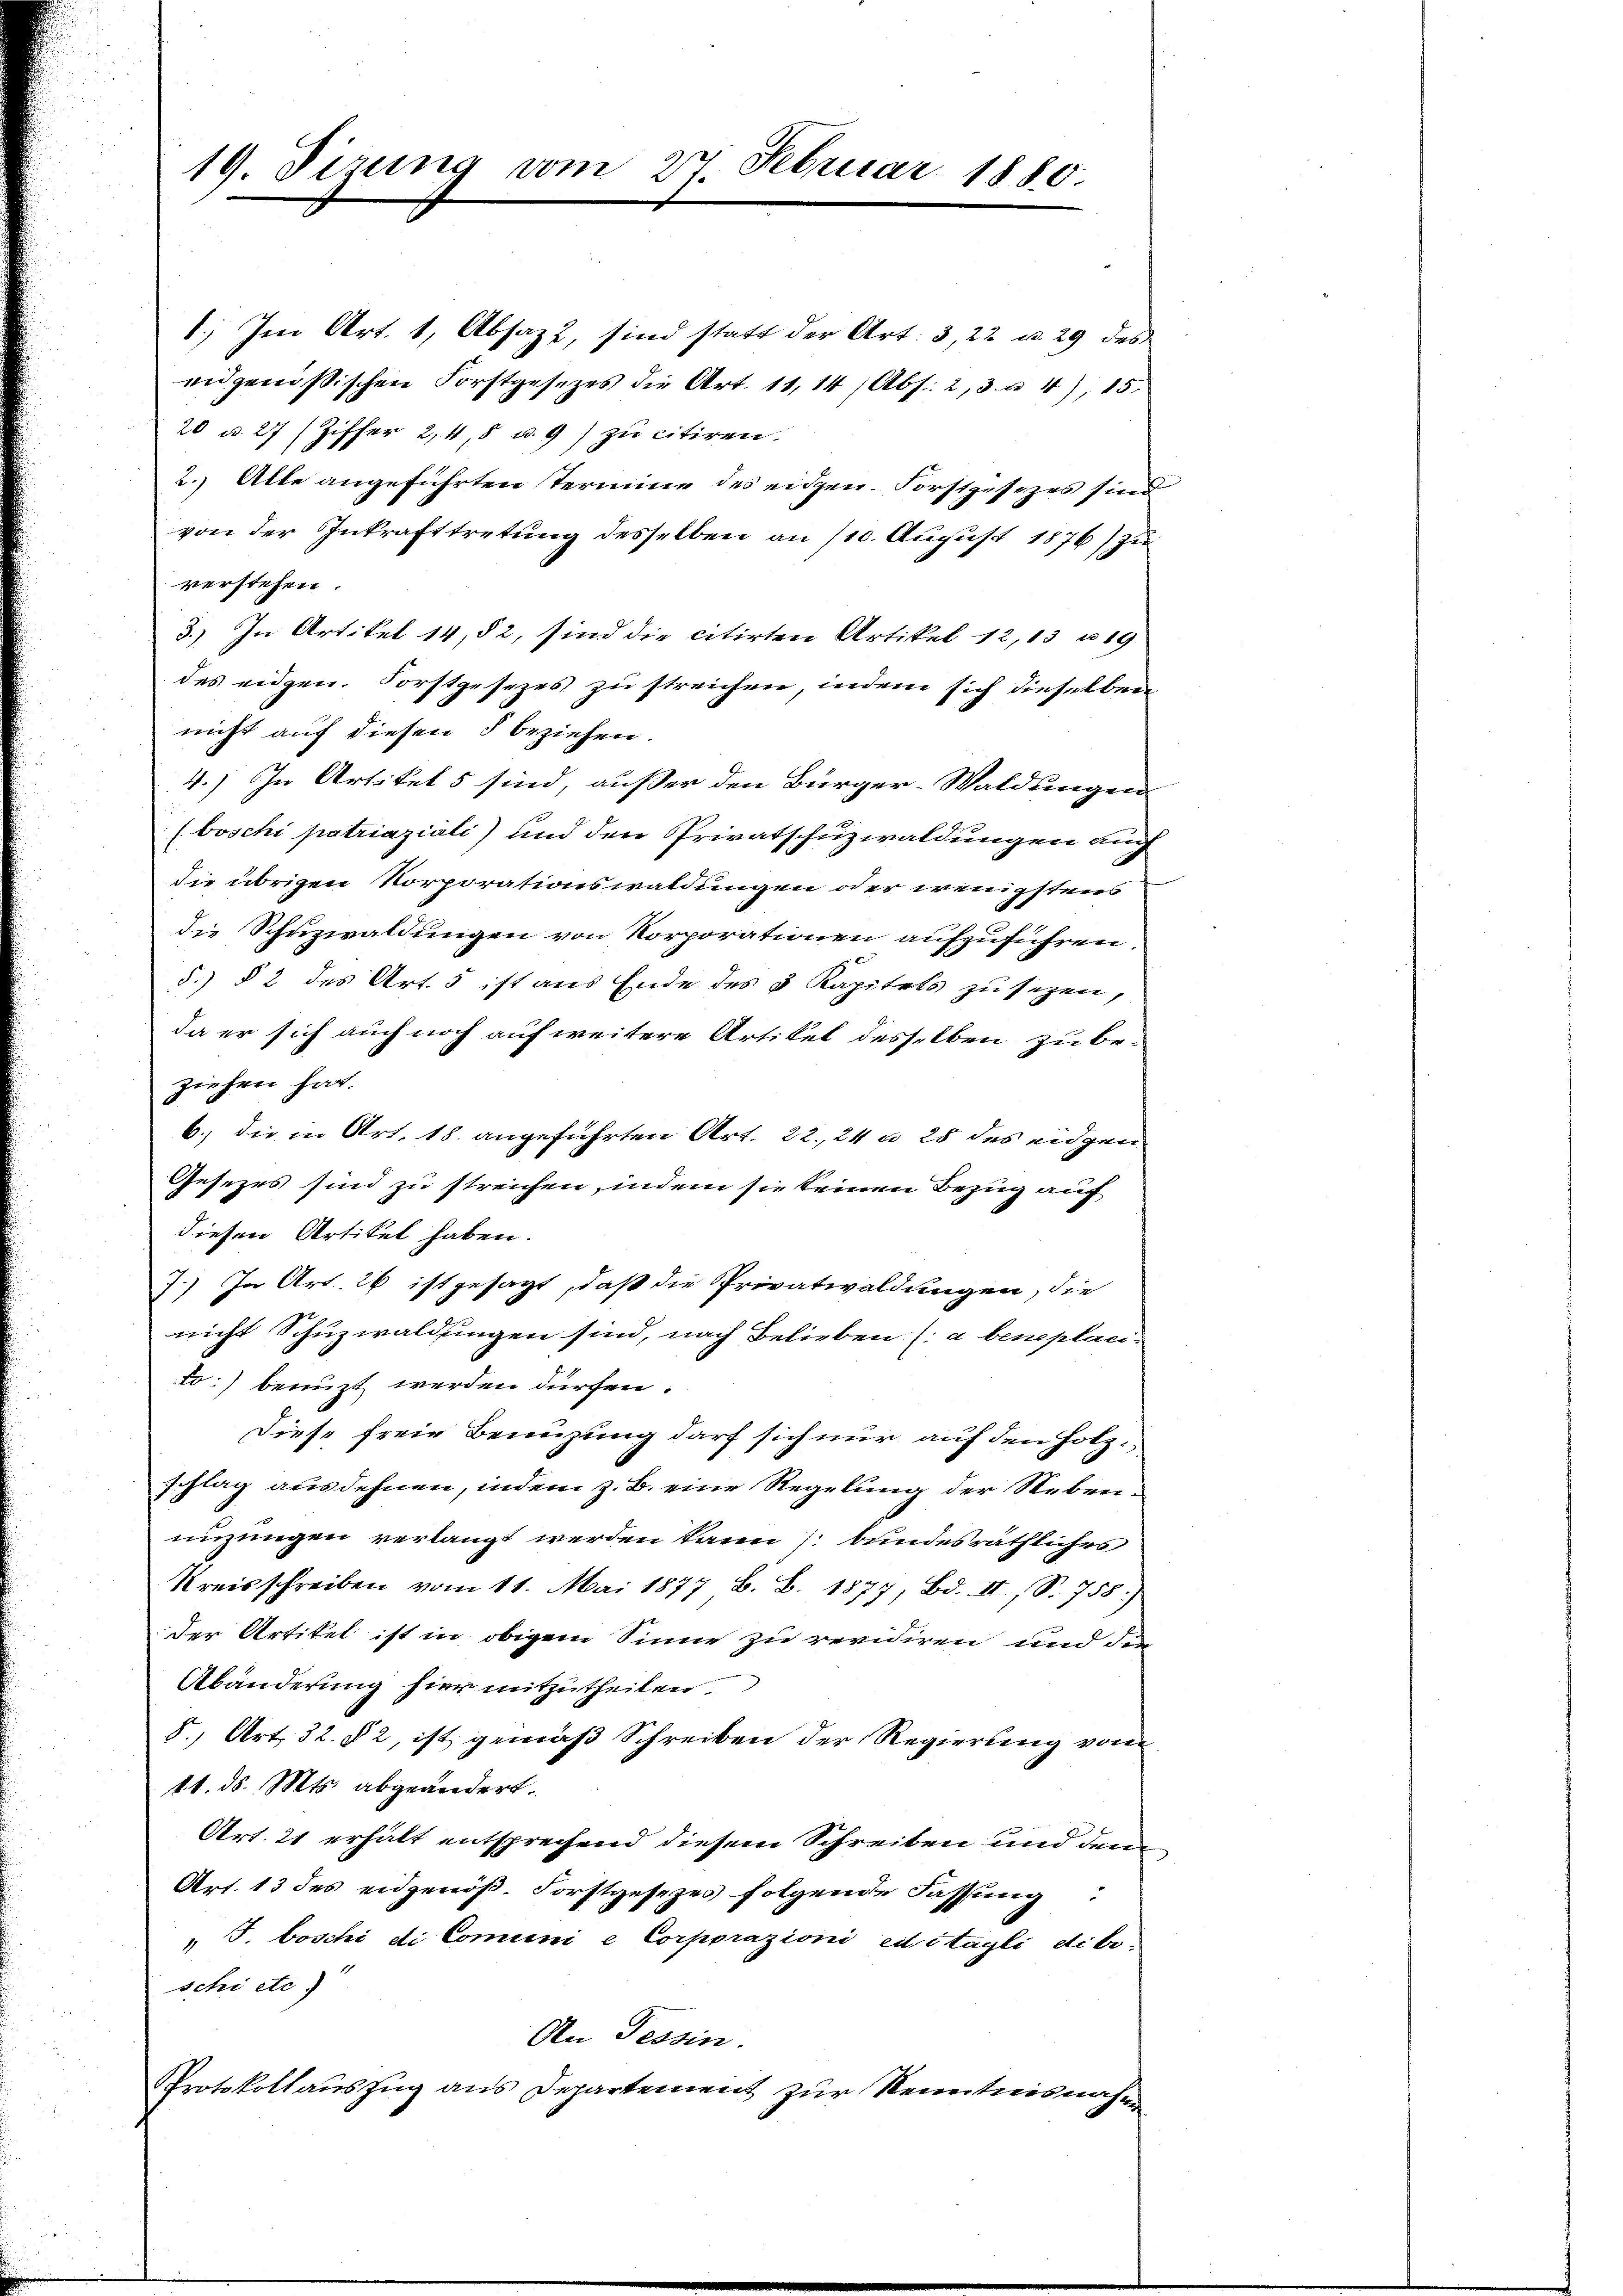
19. Sizung vom 27. Februar 1880.

1. Im Art. 1, Absazt, sind statt der Art. 3, 22 u. 29 des
eidgenößischen Forstgesetzes die Art. 11, 14 Abs. 2, 3 u. 4), 15.
20 u. 27 (Ziffer 2,4,8 u. 9) zu citiren.
2. Alle angeführten Termine des eidgen. Forstgesezes sind
von der Inkrafttretung desselben an /10. August 1876) zu
verstehen.
3.) In Artikel 14, § 2, sind die citirten Artikel 12, 13 u. 19
des eidgen. Forstgesezes zu streichen, indem sich dieselben
nicht auf diesen § beziehen.
4.) In Artikel 5 sind, außer den Bürger-Waldungen
(boschi patriaziali) und den Privatschuzwaldungen auch
die übrigen Korporationswaldungen oder wenigstens
die Schuzwaldungen von Korporationen aufzuführen.
d.) § 2 des Art. 5 ist aus Ende des 3 Kapitels zu sezen,
da er sich auch noch auf weitere Artikel desselben zu beziehen hat.
6.) die in Art. 18. angeführten Art. 22. 24 n 28 des eigen
Gesezes sind zu streichen, indem sie seinen Bezug auf
diesen Artikel haben.
7.) In Art. 26 ist gesagt, daß die Privatwaldungen, die
nicht Schuzwaldungen sind, nach Belieben ( a beneplacito.) benuzt werden dürfen.
Diese freie Benuzung darf sich nur auf den Holzschlag ausdehnen, indem z. B. eine Regelung der Nebennizungen verlangt werden kann bundesräthliches
Kreisschreiben vom 11. Mai 1877 B. B. 1877, Bd. II., S. 758)
der Artikel ist in obigem Sinne zu revidiren und de
Abänderung hier mitzutheilen.
8., Art. 32. § 2, ist gemäß Schreiben der Regierung vom
11. d. Mts. abgeändert.
Art. 21 erhält entsprechend diesem Schreiben und dem
Art. 13 des eidgenöß. Forstgesezes folgende Fassung
 T. boschi di Comuni e Corporazioni editagli di be-
schi etc.)
An Tessin.
Protokollauszug aus Departement zur Kenntnisnahmen

t

.